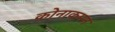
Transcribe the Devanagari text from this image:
कोनाकमन